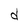
Character: d